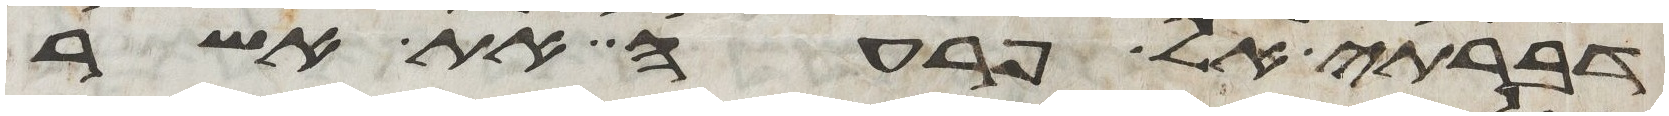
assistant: דברתי אל פרעה את אשר